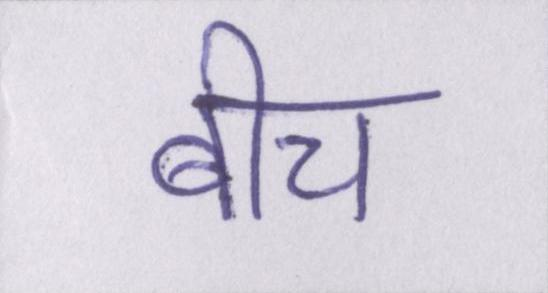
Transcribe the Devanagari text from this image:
बीच